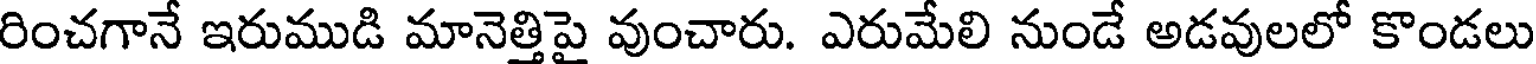
రించగానే ఇరుముడి మానెత్తిపై వుంచారు. ఎరుమేలి నుండే అడవులలో కొండలు